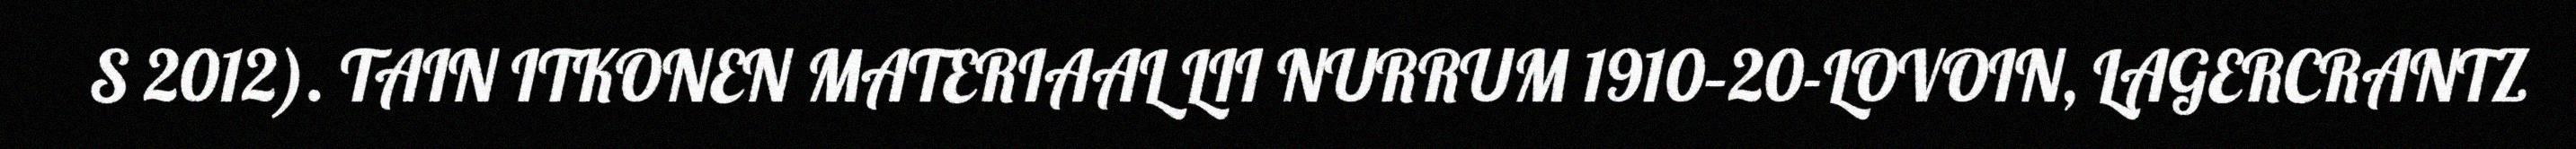
S 2012). TAIN ITKONEN MATERIAAL LII NURRUM 1910–20-LOVOIN, LAGERCRANTZ